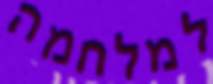
למלחמה